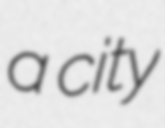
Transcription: a city